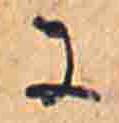
に